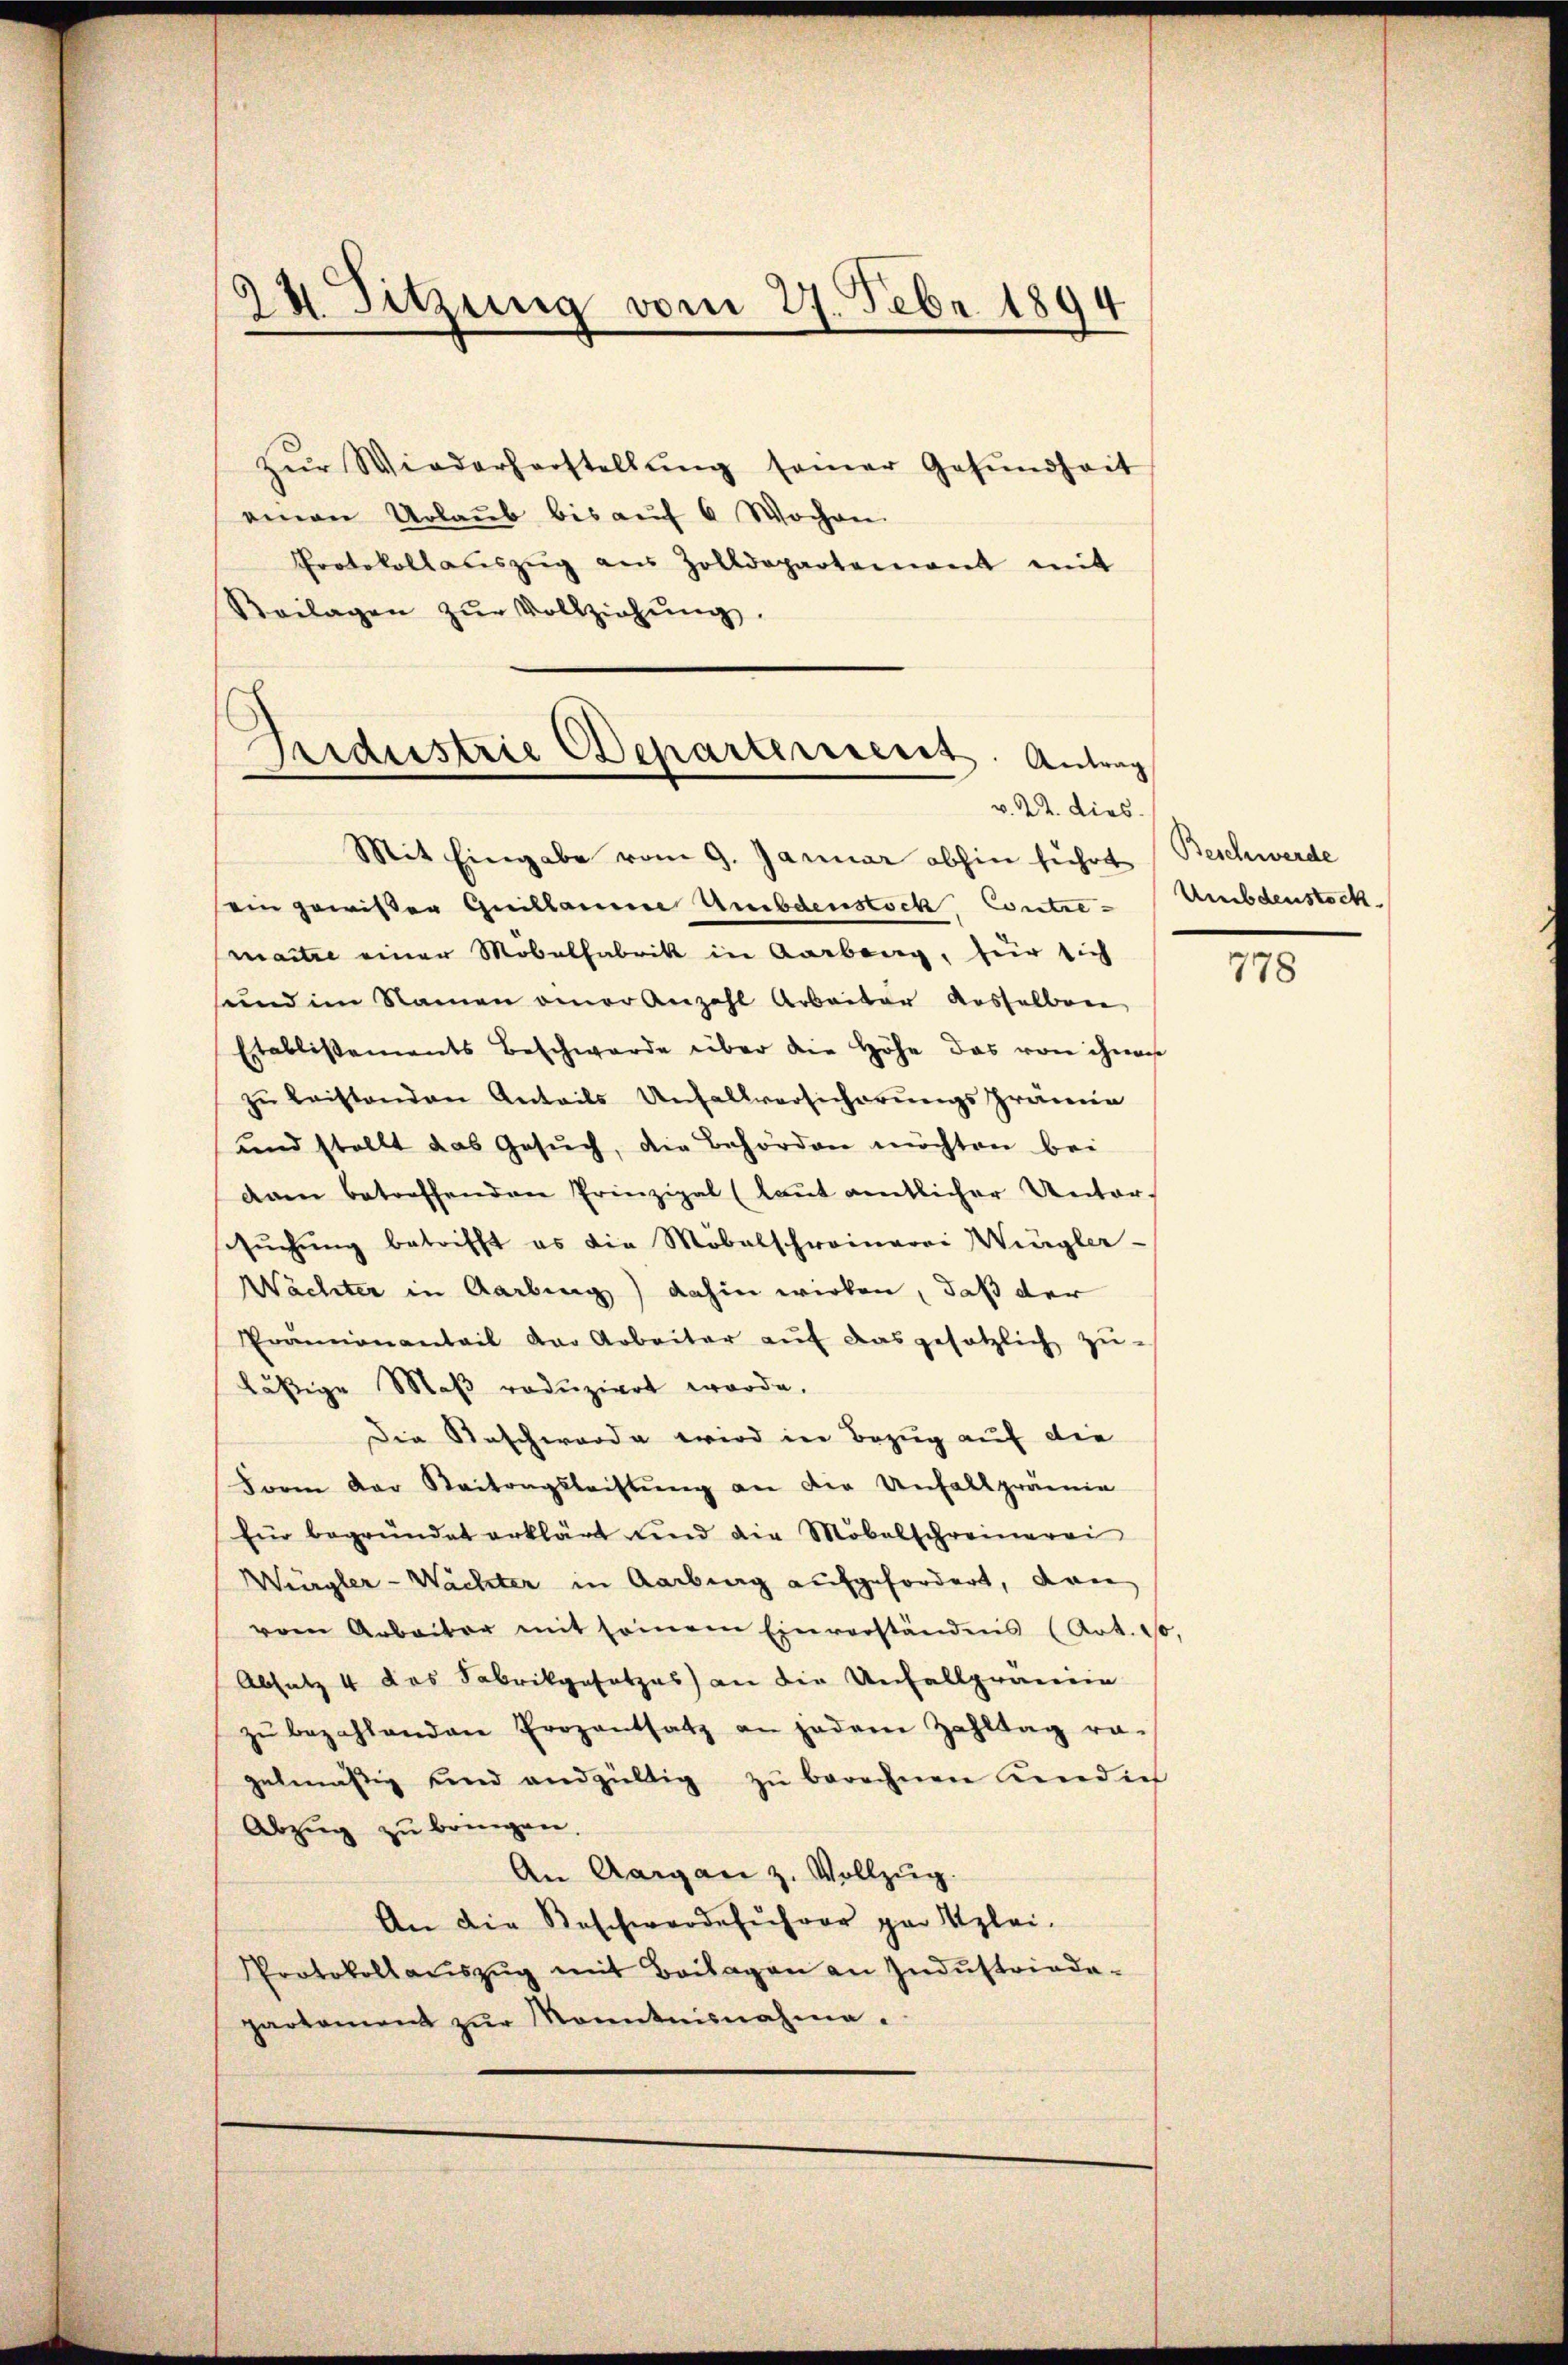
24. Sitzung vom 27. Febr 1894

zŭr Wiederherstellŭng seiner Gesŭndheit
einen Urlaŭb bis aŭf 6 Wochen.
Protokollaŭszŭg aŭs Zolldepartement mit
Seilagen zŭr Vollziehŭng.

Fidustrie Departement. Antrag
v. 22. dies

Mit Eingabe vom 9. Januar abhin führt (Beschwerde
ein gewisser Quillaume Umbdenstock, Contre-Umbdenstock.
maitre einer Möbelfabrik in Aarberg, für sich
sund im Namen einer Anzahl Arbeiter Rosselben
Etablissements Beschwerde über die Höhe das von ihnen
zu leistenden Anteils Unfallversicherungsprämie
und stellt das Gesŭch, die Behörden möchten bei
dnen betreffenden Prinzipal (laut amtlicher Unterssŭchŭng betrifft es die Möbelschreinerei Wingler-
Wächter in Aarbung) dahin wirken, daß der
Prämienanteil der Arbeiter aŭf das gesetzlich zŭ-
läßige Maß reduziert worde.
Die Anschwerde wird in Bezug auf die
Form der Beitragsleistung an die Unfallprämie
für begründet erklärt und die Möbelschreinerei
Würgler-Wächter in Aarbung aufgefordert, dan
vom Arbeiter mit seinem Einverständnis (Art. 10.
Absatz 4 das Fabrikgesetzes) an die Unfallpranie
zŭ bezahlenden Prozentsatz an jedem Zahltag ra-
gelmäßig und endgültig zu berechnen und ich
Abzug zu bringen.
An Aargau z. Vollzŭg.
An die Beschwerdeführer par Uzlei-
Protokoll aŭszŭg mit Beilagen an Indŭstriada-
partament zŭr Monntnisnahme.

778